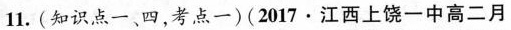
11. (知识点一、四，考点一)(2017 · 江西上饶一中高二月